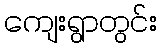
ကျေးရွာတွင်း